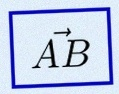
\vec{AB}